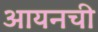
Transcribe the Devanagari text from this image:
आयनची